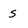
Character: S